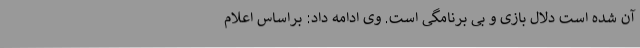
آن شده است دلال بازی و بی برنامگی است. وی ادامه داد: براساس اعلام